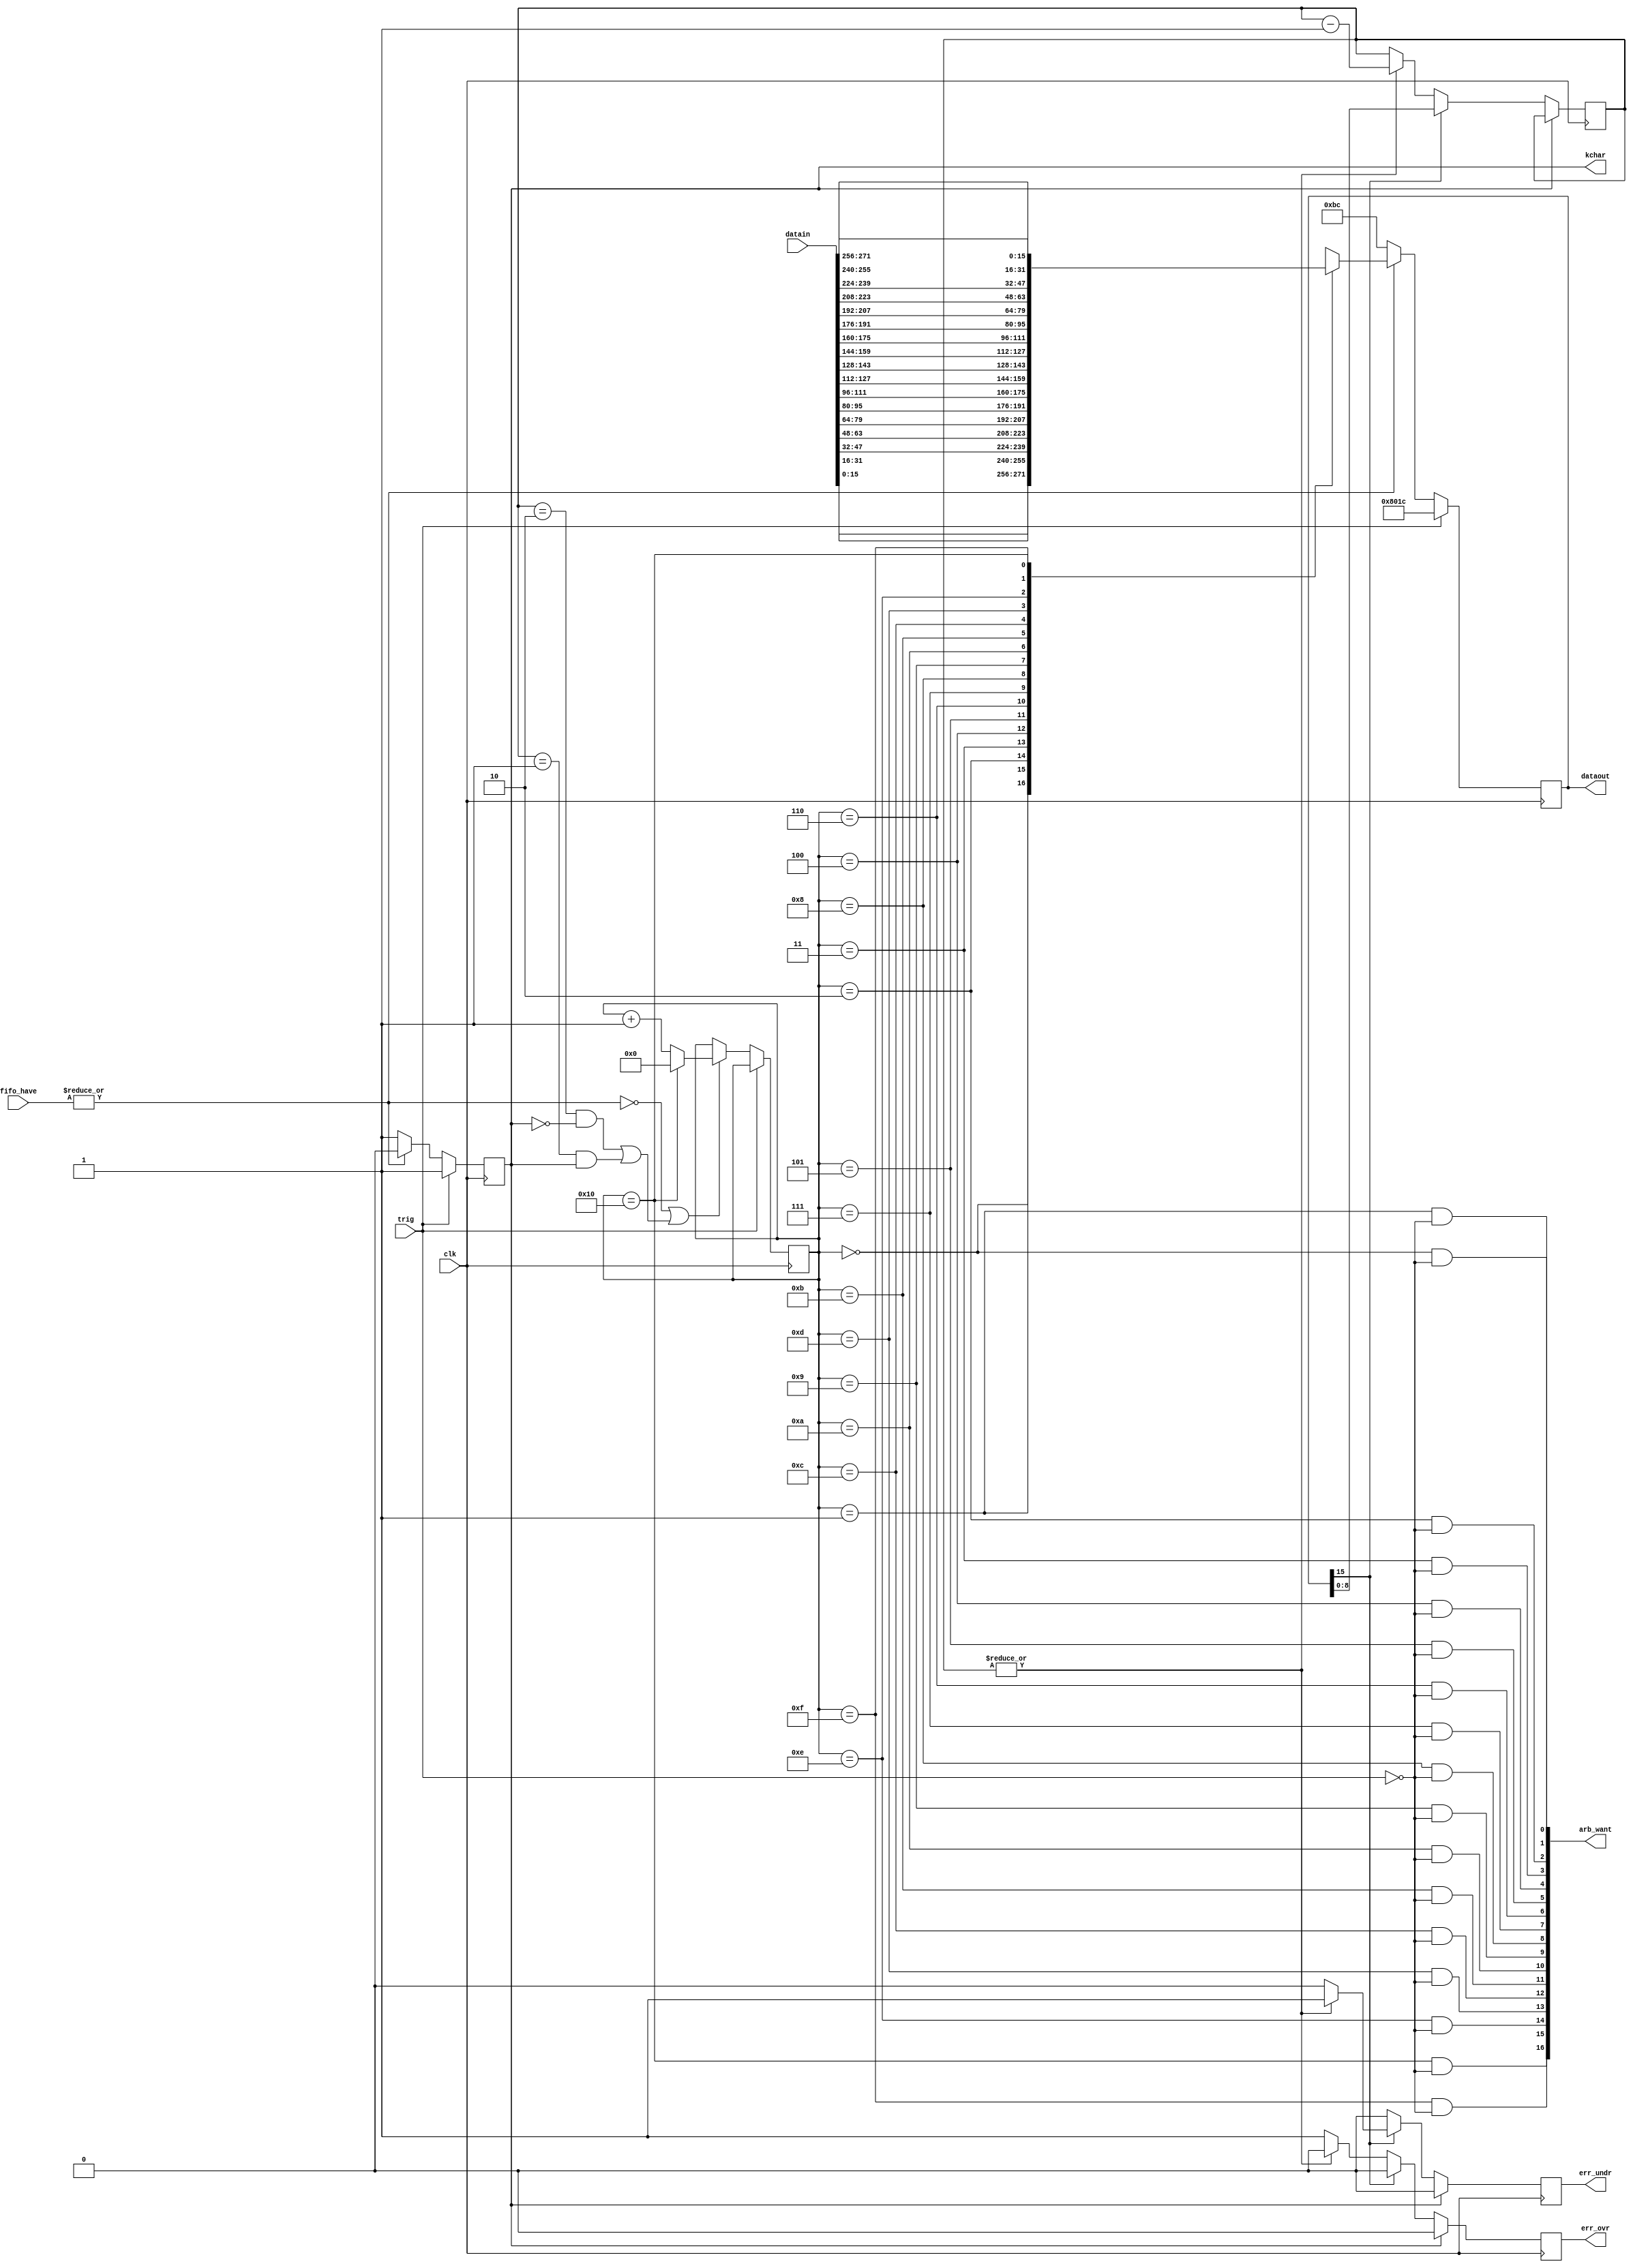
`timescale 1ns / 1ps
//////////////////////////////////////////////////////////////////////////////////
// Company: 		ITEP
// 
// Design Name: 	 fpga_chan
// Module Name:    snd_arb 
// Project Name: 	 wfd125
// Target Devices: s6
//
// Additional Comments: 
//		Sends k-char meaning trigger on trigger request - out of band
//		Polls channel fifo's in a round-robbin manner and sends one block of data
//		from each fifo if data is availiable
//		Sends commas in between
//////////////////////////////////////////////////////////////////////////////////

module snd_arb #(
		parameter					NFIFO =17
		) (
		input							clk,			// gtp clock
		// fifo control and data
//		output reg [NFIFO-1:0]	arb_want,	// arbitter wants data from one of the fifos
		output [NFIFO-1:0]		arb_want,	// arbitter wants data from one of the fifos
		input [NFIFO-1:0]			fifo_have,	// fifo reply to arb_want, asyncronous
		input	[NFIFO*16-1:0]		datain,		// data, valid with fifo_have
		// fifo errors
		output reg					err_undr,	// underrun error -- CW accepted earlier than expected
		output reg					err_ovr,		// overrun error -- CW accepted later than expected
		// trigger from summing to be sent to main
		input							trig,		// 1 clk pulse to propagate formed trigger to main
		// GTP data for sending
		output reg [15:0]			dataout,	
		output reg					kchar
		);

	localparam	CH_COMMA = 16'h00BC;		// comma K28.5
	localparam  CH_TRIG  = 16'h801C;		// K-character K28.0

	reg [4:0]		rr_cnt = 0;			// counter for Round Robbin arbitration
	wire 				fifohave;			// OR of dvalids from fifos, actually have from currently selected fifo
	reg [8:0]		towrite = 0;		// number of words in block to write
	wire				nextf;				// force increment of RR counter (after block is fully read)
	wire [15:0]		datamux [NFIFO-1:0];

	genvar i;
   generate
      for (i=0; i<NFIFO; i=i+1) 
      begin: gwant
			assign datamux[i] = datain[16*i +:16];
			assign arb_want[i] = (rr_cnt == i) & ~trig;
      end
   endgenerate

	// RR arbitration
	assign	fifohave = |fifo_have;
	assign	nextf = ((towrite == 2) & ~kchar) | ((towrite == 1) & kchar);		// ~trig assumed in both terms

	always @ (posedge clk) begin
		err_undr <= 0;
		err_ovr <= 0;
		if (trig) begin
			// send trigger out of band
			dataout <= CH_TRIG;
			kchar <= 1;
		end else begin
			// advance round robbin counter
			if ((~fifohave) | nextf) begin
				if (rr_cnt == NFIFO-1) begin
					rr_cnt <= 0;
				end else begin
					rr_cnt <= rr_cnt + 1;
				end
			end
			// send data or comma
			if (fifohave) begin
				// send data if we have any
				dataout <= datamux[rr_cnt];
				kchar <= 0;
			end else begin
				// send comma if no data
				dataout <= CH_COMMA;
				kchar <= 1;
			end
		end
		
		// check block structure
		if (~kchar) begin
			// this is valid data, not comma and not trigger
			if (dataout[15]) begin
				// this is CW
				towrite <= dataout[8:0];		// number of words to write -1
				if (|towrite) begin
					err_undr <= 1;				// must accept next CW with towrite=0, otherwize it's too early
				end
			end else begin
				if (|towrite) towrite <= towrite - 1;
				else err_ovr <= 1;			// must have accepted CW with towrite=0, otherwize it's too late
			end
		end
		
	end

endmodule